Insane asylums in Bengal annual reports 1867-1875 - 1867-1875
Year: 1867
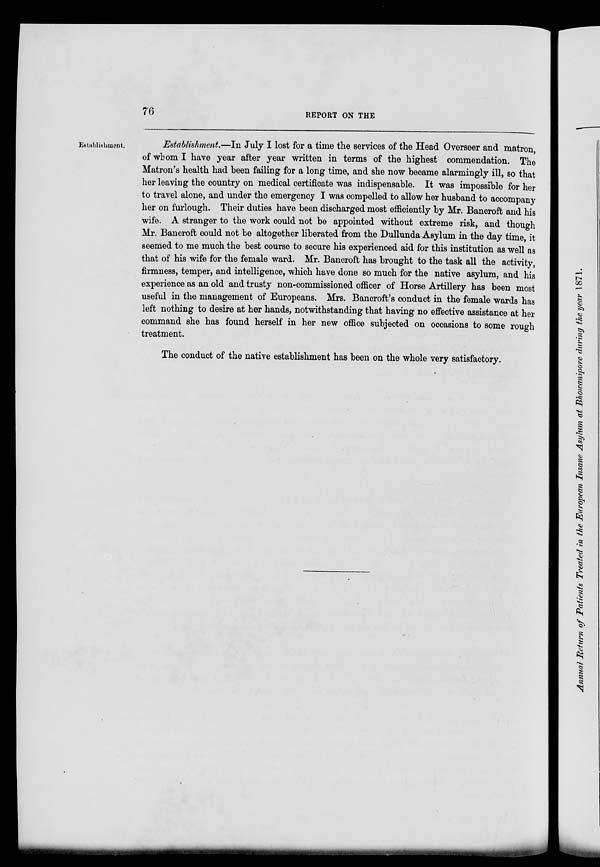
76
REPORT ON THE
Establishment.
Establishment.—In July I lost for a time the services of the Head Overseer and matron,
of whom I have year after year written in terms of the highest commendation. The
Matron's health had been failing for a long time, and she now became alarmingly ill, so that
her leaving the country on medical certificate was indispensable. It was impossible for her
to travel alone, and under the emergency I was compelled to allow her husband to accompany
her on furlough. Their duties have been discharged most efficiently by Mr. Bancroft and his
wife. A stranger to the work could not be appointed without extreme risk, and though
Mr. Bancroft could not be altogether liberated from the Dullunda Asylum in the day time, it
seemed to me much the best course to secure his experienced aid for this institution as well as
that of his wife for the female ward. Mr. Bancroft has brought to the task all the activity,
firmness, temper, and intelligence, which have done so much for the native asylum, and his
experience as an old and trusty non-commissioned officer of Horse Artillery has been most
useful in the management of Europeans. Mrs. Bancroft's conduct in the female wards has
left nothing to desire at her hands, notwithstanding that having no effective assistance at her
command she has found herself in her new office subjected on occasions to some rough
treatment.
The conduct of the native establishment has been on the whole very satisfactory.